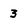
Character: 3